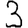
Digit: 3